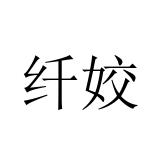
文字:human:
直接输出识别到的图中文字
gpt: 纤姣